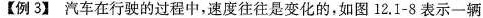
【例3】汽车在行驶的过程中，速度往往是变化的，如图 12.1-8 表示一辆